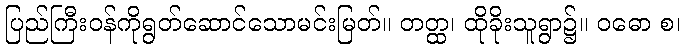
ပြည်ကြီးဝန်ကိုရွတ်ဆောင်သောမင်းမြတ်။ တတ္ထ၊ ထိုခိုးသူရွာ၌။ ဝဓော စ၊